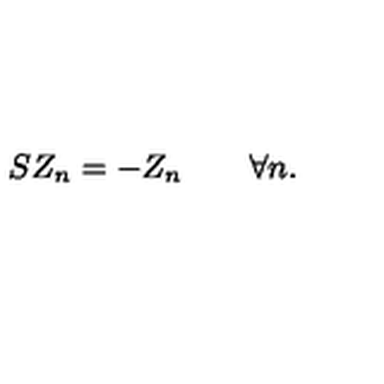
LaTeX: S Z _ { n } = - Z _ { n } \qquad \forall n .